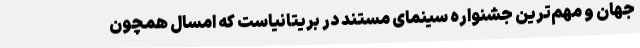
جهان و مهم‌ترین جشنواره سینمای مستند در بریتانیاست که امسال همچون